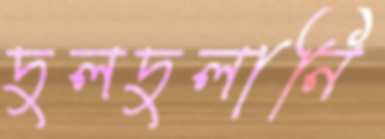
দুলদুলানি